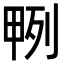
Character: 𭻎